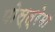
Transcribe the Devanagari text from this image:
पोस्त्रेमा